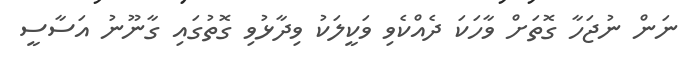
ނަން ނުޖަހާ ގޮތަށް ވާހަކަ ދެއްކެވި ވަކީލަކު ވިދާޅުވި ގޮތުގައި ގާނޫނު އަސާސީ